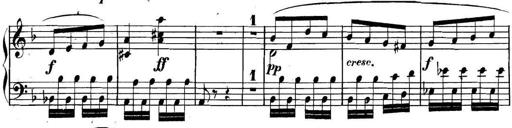
Title: Collected Piano Sonatas
Composer: Muzio Clementi